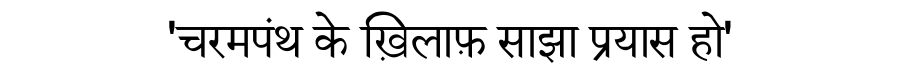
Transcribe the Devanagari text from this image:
'चरमपंथ के ख़िलाफ़ साझा प्रयास हो'